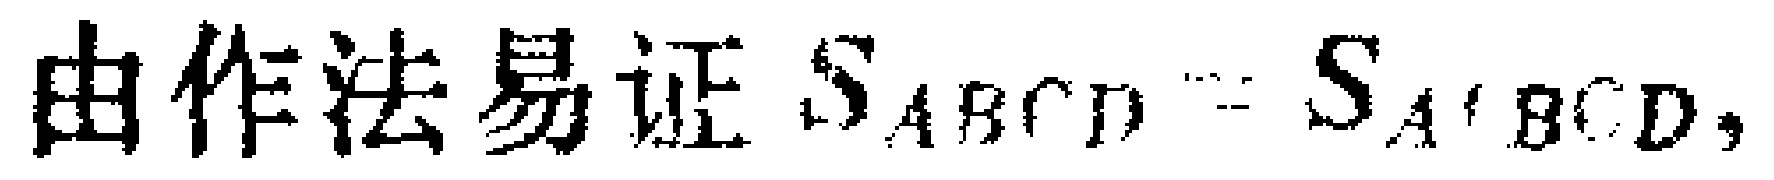
由作法易证 \(S_{ABCD}=S_{A'BCD}\)，